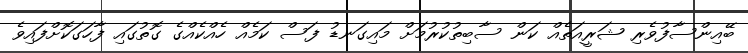
ބޭއިންސާފުވެރި ޝަރީއަތެއް ކަން ސާބިތުކުރުމަށް މައިގަނޑު ފަސް ކަމެއް ހެއްކެއްގެ ގޮތުގައި ފާހަގަކޮށްފައިވެ